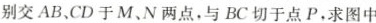
别交AB、CD于M、N两点，与BC切于点P，求图中